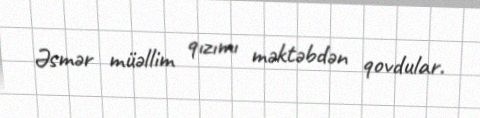
Əsmər müəllim qızımı məktəbdən qovdular.